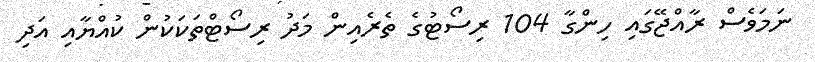
ނަމަވެސް ރާއްޖޭގައި ހިންގާ 104 ރިސޯޓުގެ ތެރެއިން މަދު ރިސޯޓްތަކަކުން ކުއްޔާއި އަދި